Report of the Municipal Commissioner on the plague in Bombay for the year ending 31st May... - Volume 3
Disease focus: Plague
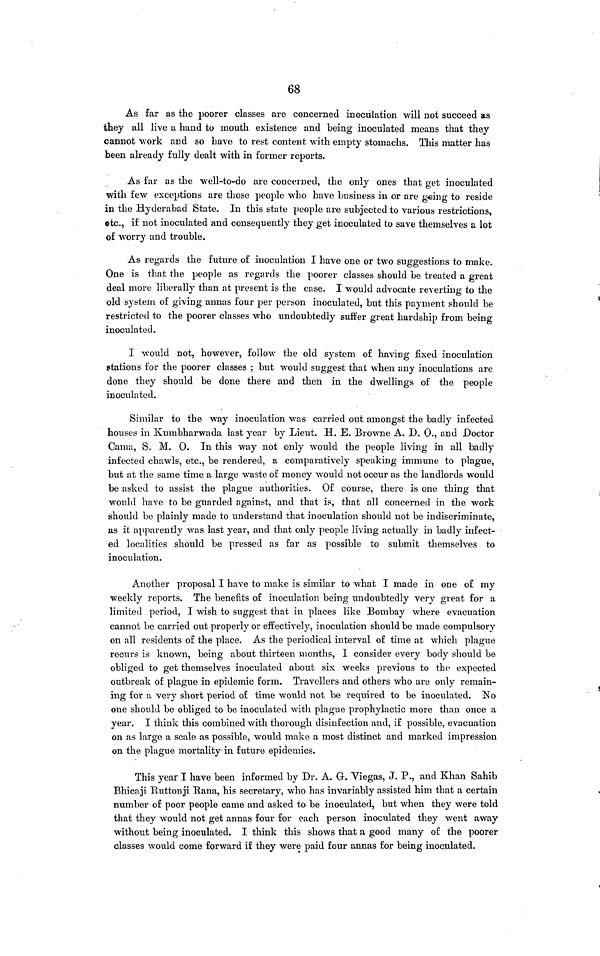
68
As far as the poorer classes are concerned inoculation will not succeed as
they all live a hand to mouth existence and being inoculated means that they
cannot work and so have to rest content with empty stomachs. This matter has
been already fully dealt with in former reports.
As far as the well-to-do are concerned, the only ones that get inoculated
with few exceptions are those people who have business in or are going to reside
in the Hyderabad State. In this state people are subjected to various restrictions,
etc., if not inoculated and consequently they get inoculated to save themselves a lot
of worry and trouble.
As regards the future of inoculation I have one or two suggestions to make.
One is that the people as regards the poorer classes should be treated a great
deal more liberally than at present is the case. I would advocate reverting to the
old system of giving annas four per person inoculated, but this payment should be
restricted to the poorer classes who undoubtedly suffer great hardship from being
inoculated.
I would not, however, follow the old system of having fixed inoculation
stations for the poorer classes ; but would suggest that when any inoculations are
done they should be done there and then in the dwellings of the people
inoculated.
Similar to the way inoculation was carried out amongst the badly infected
houses in Kumbharwada last year by Lieut. H. E. Browne A. D. 0., and Doctor
Cama, S. M. 0. In this way not only would the people living in all badly
infected chawls, etc., be rendered, a comparatively speaking immune to plague,
but at the same time a large waste of money would not occur as the landlords would
be asked to assist the plague authorities. Of course, there is one thing that
would have to be guarded against, and that is, that all concerned in the work
should be plainly made to understand that inoculation should not be indiscriminate,
as it apparently was last year, and that only people living actually in badly infect-
ed localities should be pressed as far as possible to submit themselves to
inoculation.
Another proposal I have to make is similar to what I made in one of my
weekly reports. The benefits of inoculation being undoubtedly very great for a
limited period, I wish to suggest that in places like Bombay where evacuation
cannot be carried out properly or effectively, inoculation should be made compulsory
on all residents of the place. As the periodical interval of time at which plague
recurs is known, being about thirteen months, I consider every body should be
obliged to get themselves inoculated about six weeks previous to the expected
outbreak of plague in epidemic form. Travellers and others who are only remain-
ing for a very short period of time would not be required to be inoculated. No
one should be obliged to be inoculated with plague prophylactic more than once a
year. I think this combined with thorough disinfection and, if possible, evacuation
on as large a scale as possible, would make a most distinct and marked impression
on the plague mortality in future epidemics.
This year I have been informed by Dr. A. G. Viegas, J. P., and Khan Sahib
Bhicaji Ruttonji Rana, his secretary, who has invariably assisted him that a certain
number of poor people came and asked to be inoculated, but when they were told
that they would not get annas four for each person inoculated they went away
without being inoculated. I think this shows that a good many of the poorer
classes would come forward if they were paid four annas for being inoculated.